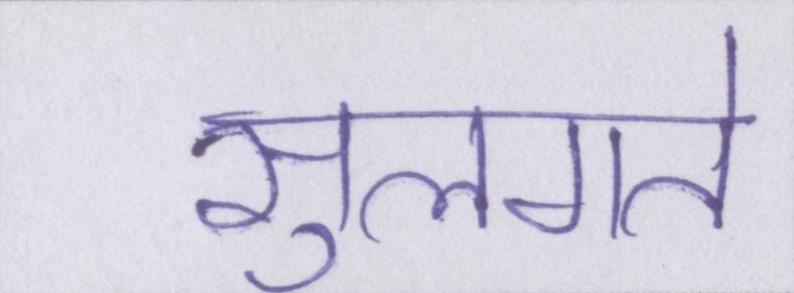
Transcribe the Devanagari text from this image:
सुलगते